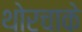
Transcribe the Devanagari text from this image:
थोरचाके